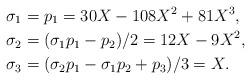
LaTeX: \begin{align*}\sigma_1&=p_1=30 X - 108 X^2 + 81 X^3,\\\sigma_2&=(\sigma_1 p_1-p_2)/2=12 X - 9 X^2,\\\sigma_3&=(\sigma_2 p_1-\sigma_1 p_2+p_3)/3=X.\end{align*}